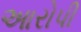
આરોપી